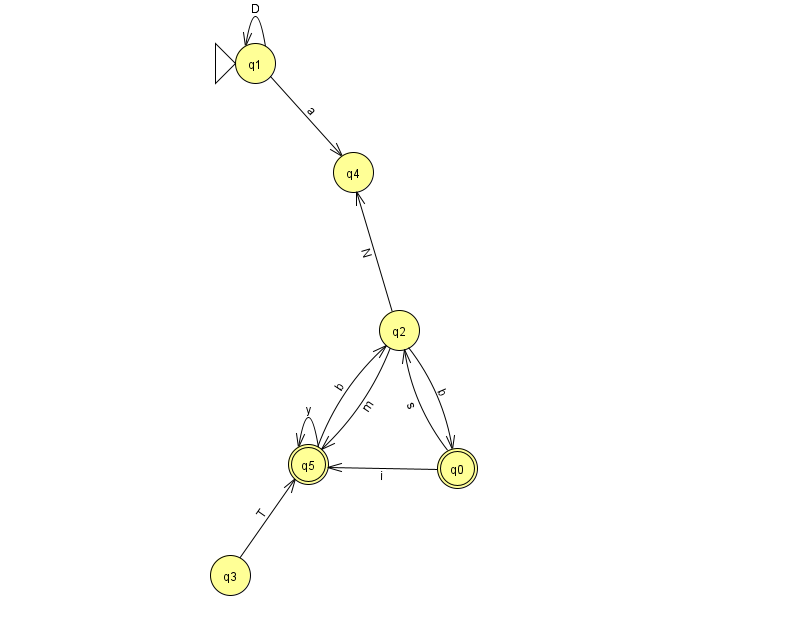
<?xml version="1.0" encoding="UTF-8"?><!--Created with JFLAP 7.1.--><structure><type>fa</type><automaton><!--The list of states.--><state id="0" name="q0"><x>457.0</x><y>455.0</y><final/></state><state id="1" name="q1"><x>255.0</x><y>50.0</y><initial/></state><state id="2" name="q2"><x>399.0</x><y>317.0</y></state><state id="3" name="q3"><x>230.0</x><y>562.0</y></state><state id="4" name="q4"><x>353.0</x><y>159.0</y></state><state id="5" name="q5"><x>308.0</x><y>451.0</y><final/></state><!--The list of transitions.--><transition><from>0</from><to>5</to><read>i</read></transition><transition><from>2</from><to>4</to><read>N</read></transition><transition><from>1</from><to>4</to><read>a</read></transition><transition><from>1</from><to>1</to><read>D</read></transition><transition><from>5</from><to>2</to><read>b</read></transition><transition><from>2</from><to>5</to><read>m</read></transition><transition><from>5</from><to>5</to><read>y</read></transition><transition><from>0</from><to>2</to><read>s</read></transition><transition><from>2</from><to>0</to><read>b</read></transition><transition><from>3</from><to>5</to><read>T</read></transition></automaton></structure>